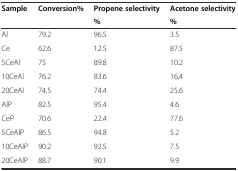
<table><thead><tr><td><b>Sample</b></td><td><b>Conversion%</b></td><td><b>Propene selectivity</b></td><td><b>Acetone selectivity</b></td></tr><tr><td></td><td></td><td><b>%</b></td><td><b>%</b></td></tr></thead><tbody><tr><td>Al</td><td>79.2</td><td>96.5</td><td>3.5</td></tr><tr><td>Ce</td><td>62.6</td><td>12.5</td><td>87.5</td></tr><tr><td>5CeAl</td><td>75</td><td>89.8</td><td>10.2</td></tr><tr><td>10CeAl</td><td>76.2</td><td>83.6</td><td>16.4</td></tr><tr><td>20CeAl</td><td>74.5</td><td>74.4</td><td>25.6</td></tr><tr><td>AlP</td><td>82.5</td><td>95.4</td><td>4.6</td></tr><tr><td>CeP</td><td>70.6</td><td>22.4</td><td>77.6</td></tr><tr><td>5CeAlP</td><td>86.5</td><td>94.8</td><td>5.2</td></tr><tr><td>10CeAlP</td><td>90.2</td><td>92.5</td><td>7.5</td></tr><tr><td>20CeAlP</td><td>88.7</td><td>90.1</td><td>9.9</td></tr></tbody></table>